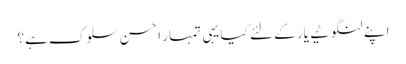
اپنے لنگوٹیے یار کے لئے کیا یہی تمہار ا حسنِ سلوک ہے؟